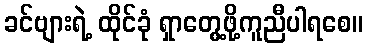
ခင်ဗျားရဲ့ ထိုင်ခုံ ရှာတွေ့ဖို့ကူညီပါရစေ။